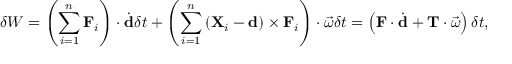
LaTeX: \delta W = \left( \sum _ { i = 1 } ^ { n } \mathbf { F } _ { i } \right) \cdot { \dot { \mathbf { d } } } \delta t + \left( \sum _ { i = 1 } ^ { n } \left( \mathbf { X } _ { i } - \mathbf { d } \right) \times \mathbf { F } _ { i } \right) \cdot { \vec { \omega } } \delta t = \left( \mathbf { F } \cdot { \dot { \mathbf { d } } } + \mathbf { T } \cdot { \vec { \omega } } \right) \delta t ,